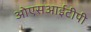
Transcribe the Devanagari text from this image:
ओएसआईटीपी